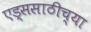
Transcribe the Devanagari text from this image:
एड्ससाठीच्या